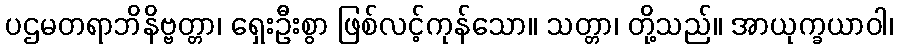
ပဌမတရာဘိနိဗ္ဗတ္တာ၊ ရှေးဦးစွာ ဖြစ်လင့်ကုန်သော။ သတ္တာ၊ တို့သည်။ အာယုက္ခယာဝါ၊